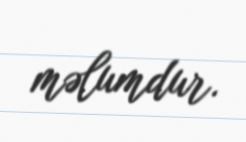
məlumdur.